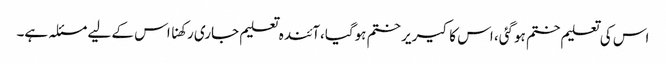
اس کی تعلیم ختم ہوگئی، اس کا کیریر ختم ہوگیا،آئندہ تعلیم جاری رکھنا اس کے لیے مسئلہ ہے۔